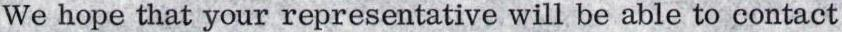
We hope that your representative will be able to contact